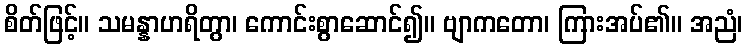
စိတ်ဖြင့်။ သမန္နာဟရိတွာ၊ ကောင်းစွာဆောင်၍။ ဗျာကတော၊ ကြားအပ်၏။ အညံ၊